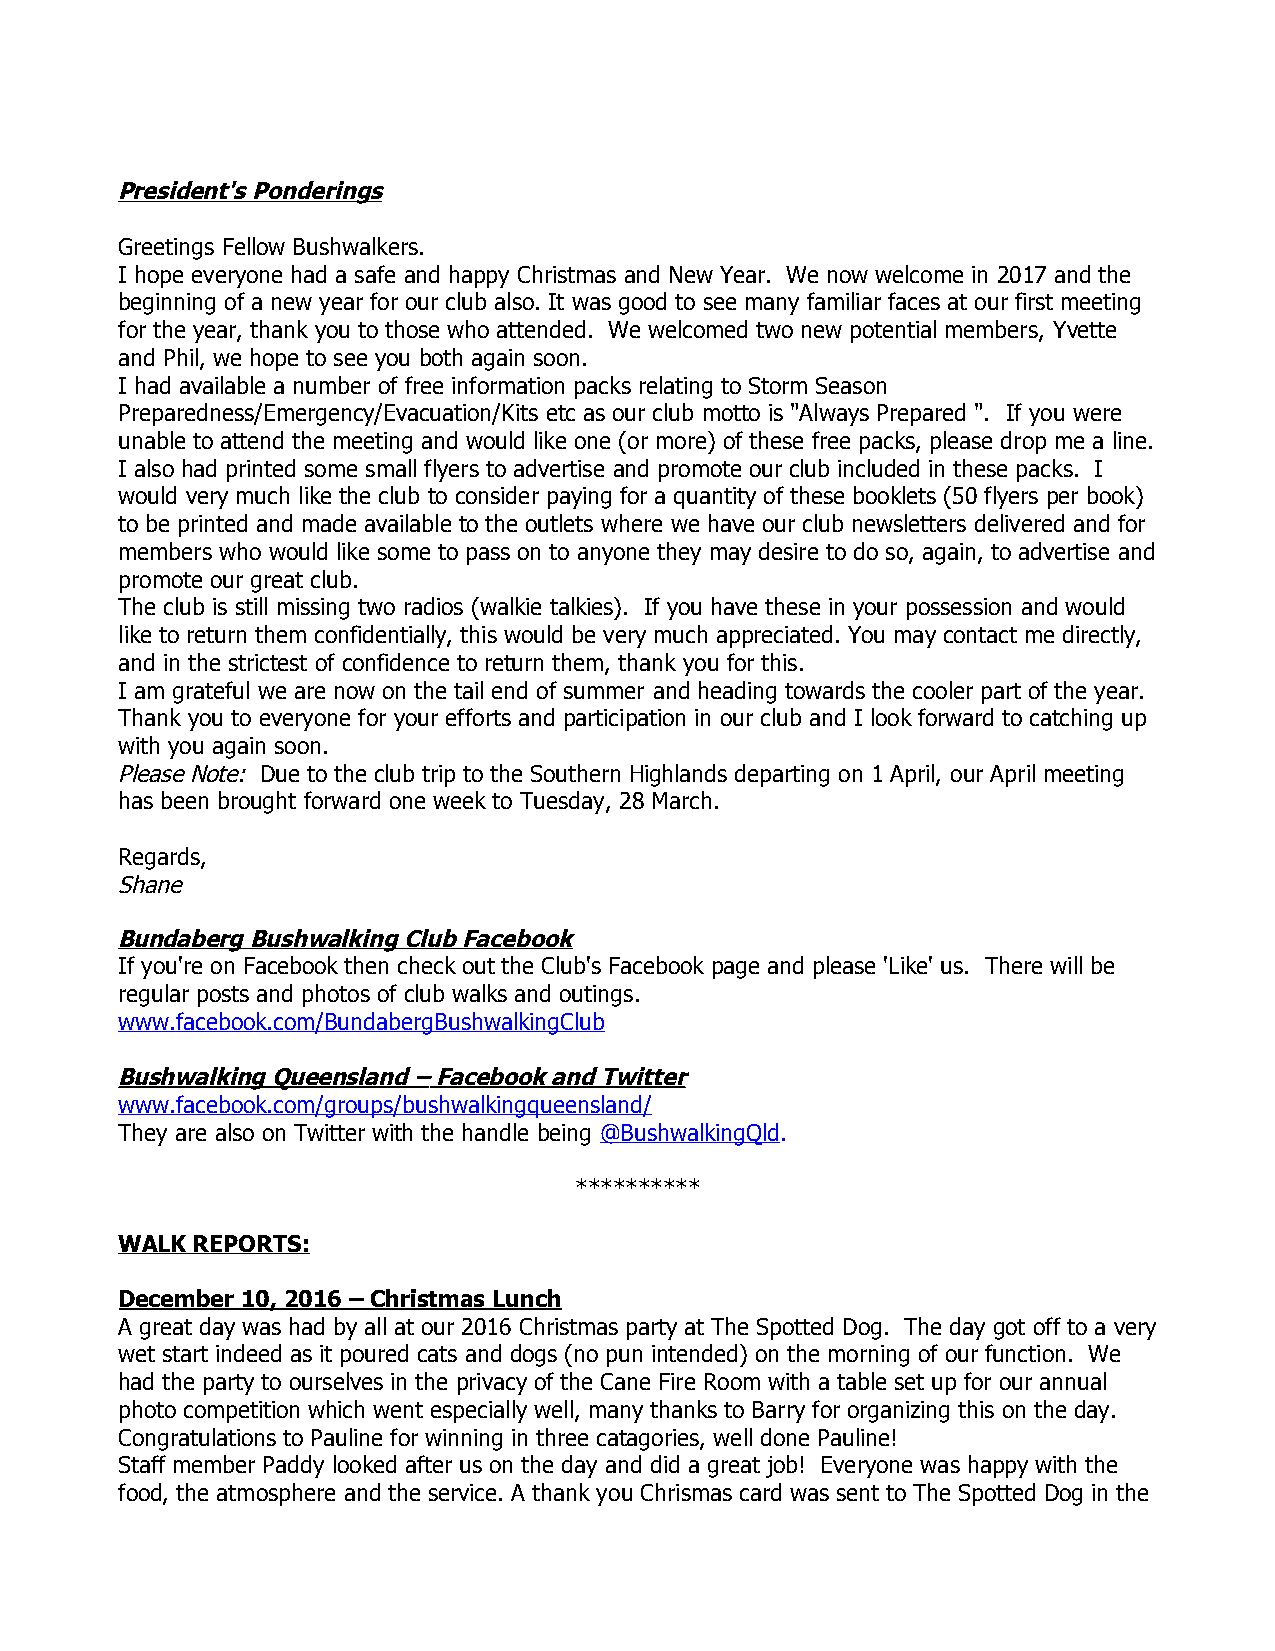
President's Ponderings
 Greetings Fellow Bushwalkers.
 I hope everyone had a safe and happy Christmas and New Year. We now welcome in 2017 and the
 beginning of a new year for our club also. It was good to see many familiar faces at our first meeting
 for the year, thank you to those who attended. We welcomed two new potential members, Yvette
 and Phil, we hope to see you both again soon.
 I had available a number of free information packs relating to Storm Season
 Preparedness/Emergency/Evacuation/Kits etc as our club motto is "Always Prepared ". If you were
 unable to attend the meeting and would like one (or more) of these free packs, please drop me a line.
 I also had printed some small flyers to advertise and promote our club included in these packs. I
 would very much like the club to consider paying for a quantity of these booklets (50 flyers per book)
 to be printed and made available to the outlets where we have our club newsletters delivered and for
 members who would like some to pass on to anyone they may desire to do so, again, to advertise and
 promote our great club.
 The club is still missing two radios (walkie talkies). If you have these in your possession and would
 like to return them confidentially, this would be very much appreciated. You may contact me directly,
 and in the strictest of confidence to return them, thank you for this.
 I am grateful we are now on the tail end of summer and heading towards the cooler part of the year.
 Thank you to everyone for your efforts and participation in our club and I look forward to catching up
 with you again soon.
 Please Note: Due to the club trip to the Southern Highlands departing on 1 April, our April meeting
 has been brought forward one week to Tuesday, 28 March.
 Regards,
 Shane
 Bundaberg Bushwalking Club Facebook
 If you're on Facebook then check out the Club's Facebook page and please 'Like' us. There will be
 regular posts and photos of club walks and outings.
 www.facebook.com/BundabergBushwalkingClub
 Bushwalking Queensland – Facebook and Twitter
 www.facebook.com/groups/bushwalkingqueensland/
 They are also on Twitter with the handle being @BushwalkingQld.
 **********
 W ALK REPORTS:
 December 10, 2016 – Christmas Lunch
 A great day was had by all at our 2016 Christmas party at The Spotted Dog. The day got off to a very
 wet start indeed as it poured cats and dogs (no pun intended) on the morning of our function. We
 had the party to ourselves in the privacy of the Cane Fire Room with a table set up for our annual
 photo competition which went especially well, many thanks to Barry for organizing this on the day.
 Congratulations to Pauline for winning in three catagories, well done Pauline!
 Staff member Paddy looked after us on the day and did a great job! Everyone was happy with the
 food, the atmosphere and the service. A thank you Chrismas card was sent to The Spotted Dog in the
 3